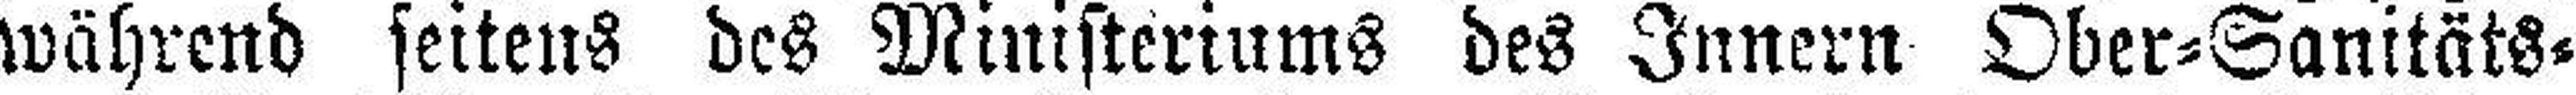
während seitens des Ministeriums des Innern Ober=Sanitäts¬